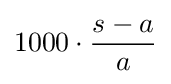
1000\cdot {\frac {s-a}{a}}